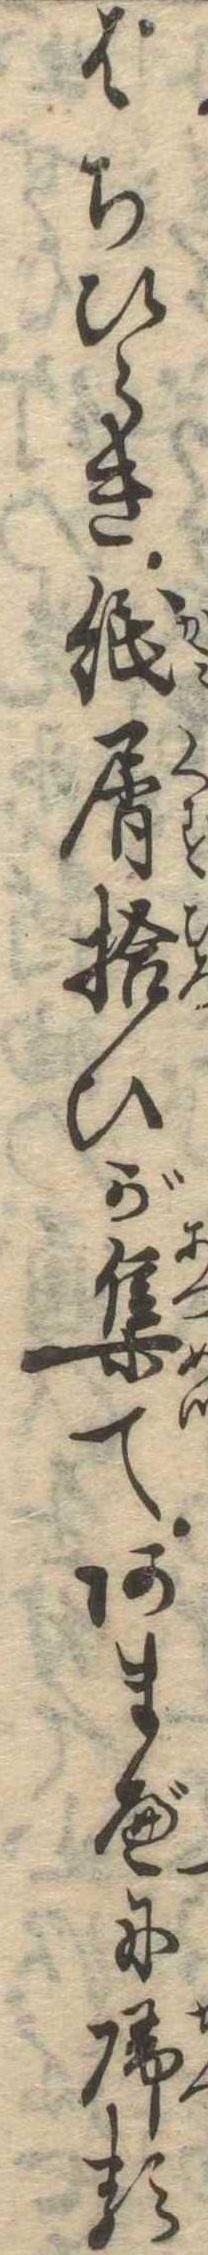
はちひらき紙屑拾ひが集てあまべに帰る